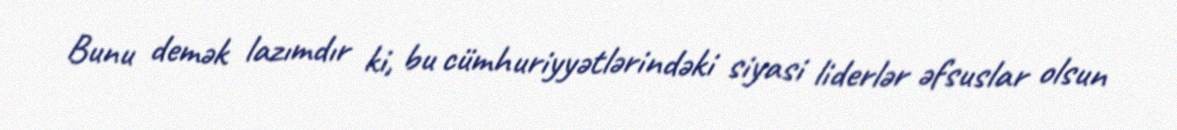
Bunu demək lazımdır ki, bu cümhuriyyətlərindəki siyasi liderlər əfsuslar olsun